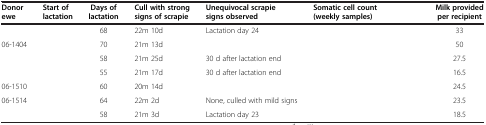
<table><thead><tr><td><b>Donor ewe</b></td><td><b>Start of lactation</b></td><td><b>Days of lactation</b></td><td><b>Cull with strong signs of scrapie</b></td><td><b>Unequivocal scrapie signs observed</b></td><td><b>Somatic cell count (weekly samples)</b></td><td><b>Milk provided per recipient</b></td></tr></thead><tbody><tr><td>[EMPTY_CELL]</td><td>[EMPTY_CELL]</td><td>68</td><td>22m 10d</td><td>Lactation day 24</td><td>[EMPTY_CELL]</td><td>33</td></tr><tr><td>06-1404</td><td>[EMPTY_CELL]</td><td>70</td><td>21m 13d</td><td>[EMPTY_CELL]</td><td>[EMPTY_CELL]</td><td>50</td></tr><tr><td>[EMPTY_CELL]</td><td>[EMPTY_CELL]</td><td>58</td><td>21m 25d</td><td>30 d after lactation end</td><td>[EMPTY_CELL]</td><td>27.5</td></tr><tr><td>[EMPTY_CELL]</td><td>[EMPTY_CELL]</td><td>55</td><td>21m 17d</td><td>30 d after lactation end</td><td>[EMPTY_CELL]</td><td>16.5</td></tr><tr><td>06-1510</td><td>[EMPTY_CELL]</td><td>60</td><td>20m 14d</td><td>[EMPTY_CELL]</td><td>[EMPTY_CELL]</td><td>24.5</td></tr><tr><td>06-1514</td><td>[EMPTY_CELL]</td><td>64</td><td>22m 2d</td><td>None, culled with mild signs</td><td>[EMPTY_CELL]</td><td>23.5</td></tr><tr><td>[EMPTY_CELL]</td><td>[EMPTY_CELL]</td><td>58</td><td>21m 3d</td><td>Lactation day 23</td><td>[EMPTY_CELL]</td><td>18.5</td></tr></tbody></table>